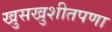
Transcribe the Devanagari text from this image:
खुसखुशीतपणा